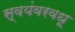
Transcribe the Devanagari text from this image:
स्वयंवरवधू